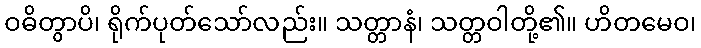
ဝဓိတွာပိ၊ ရိုက်ပုတ်သော်လည်း။ သတ္တာနံ၊ သတ္တဝါတို့၏။ ဟိတမေဝ၊